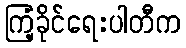
ကြံ့ခိုင်ရေးပါတီက